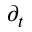
\partial _ { t }